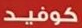
كوفيد